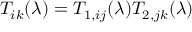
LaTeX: T _ { i k } ( \lambda ) = T _ { 1 , i j } ( \lambda ) T _ { 2 , j k } ( \lambda )